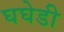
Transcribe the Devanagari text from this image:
घघेडी